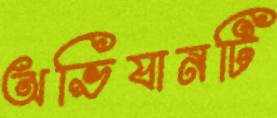
অভিযানটি